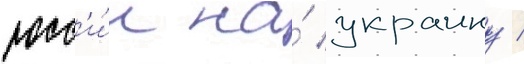
росс'и́и на́ украину /